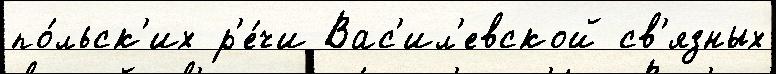
по́льск'их р'е́чи Вас'ил'евской св'язных